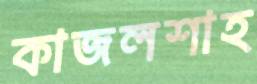
কাজলশাহ